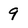
Character: q